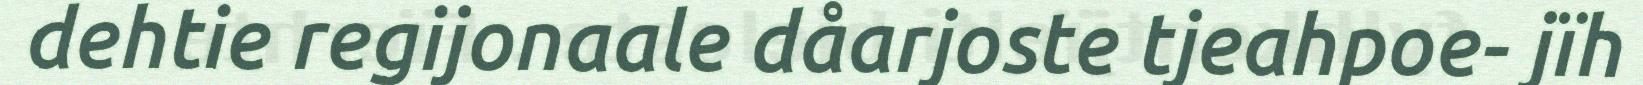
dehtie regijonaale dåarjoste tjeahpoe- jïh